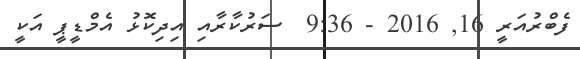
ފެބްރުއަރީ 16